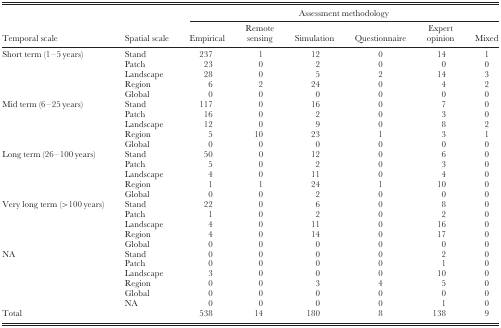
<table><thead><tr><td></td><td></td><td colspan="6"><b>Assessment methodology</b></td></tr><tr><td><b>Temporal scale</b></td><td><b>Spatial scale</b></td><td><b>Empirical</b></td><td><b>Remote sensing</b></td><td><b>Simulation</b></td><td><b>Questionnaire</b></td><td><b>Expert opinion</b></td><td><b>Mixed</b></td></tr></thead><tbody><tr><td rowspan="5">Short term (1–5 years)</td><td>Stand</td><td>237</td><td> 1</td><td>12</td><td>0</td><td>14</td><td>1</td></tr><tr><td>Patch</td><td> 23</td><td> 0</td><td> 2</td><td>0</td><td> 0</td><td>0</td></tr><tr><td>Landscape</td><td> 28</td><td> 0</td><td> 5</td><td>2</td><td>14</td><td>3</td></tr><tr><td>Region</td><td>6</td><td> 2</td><td>24</td><td>0</td><td> 4</td><td>2</td></tr><tr><td>Global</td><td>0</td><td> 0</td><td> 0</td><td>0</td><td> 0</td><td>0</td></tr><tr><td rowspan="5">Mid term (6–25 years)</td><td>Stand</td><td>117</td><td> 0</td><td>16</td><td>0</td><td> 7</td><td>0</td></tr><tr><td>Patch</td><td> 16</td><td> 0</td><td> 2</td><td>0</td><td> 3</td><td>0</td></tr><tr><td>Landscape</td><td> 12</td><td> 0</td><td> 9</td><td>0</td><td> 8</td><td>2</td></tr><tr><td>Region</td><td>5</td><td>10</td><td>23</td><td>1</td><td> 3</td><td>1</td></tr><tr><td>Global</td><td>0</td><td> 0</td><td> 0</td><td>0</td><td> 0</td><td>0</td></tr><tr><td rowspan="5">Long term (26–100 years)</td><td>Stand</td><td> 50</td><td> 0</td><td>12</td><td>0</td><td> 6</td><td>0</td></tr><tr><td>Patch</td><td>5</td><td> 0</td><td> 2</td><td>0</td><td> 3</td><td>0</td></tr><tr><td>Landscape</td><td>4</td><td> 0</td><td>11</td><td>0</td><td> 4</td><td>0</td></tr><tr><td>Region</td><td>1</td><td> 1</td><td>24</td><td>1</td><td>10</td><td>0</td></tr><tr><td>Global</td><td>0</td><td> 0</td><td> 2</td><td>0</td><td> 0</td><td>0</td></tr><tr><td rowspan="5">Very long term (&gt;100 years)</td><td>Stand</td><td> 22</td><td> 0</td><td> 6</td><td>0</td><td> 8</td><td>0</td></tr><tr><td>Patch</td><td>1</td><td> 0</td><td> 2</td><td>0</td><td> 2</td><td>0</td></tr><tr><td>Landscape</td><td>4</td><td> 0</td><td>11</td><td>0</td><td>16</td><td>0</td></tr><tr><td>Region</td><td>4</td><td> 0</td><td>14</td><td>0</td><td>17</td><td>0</td></tr><tr><td>Global</td><td>0</td><td> 0</td><td> 0</td><td>0</td><td> 0</td><td>0</td></tr><tr><td rowspan="6">NA</td><td>Stand</td><td>0</td><td> 0</td><td> 0</td><td>0</td><td> 2</td><td>0</td></tr><tr><td>Patch</td><td>0</td><td> 0</td><td> 0</td><td>0</td><td> 1</td><td>0</td></tr><tr><td>Landscape</td><td>3</td><td> 0</td><td> 0</td><td>0</td><td>10</td><td>0</td></tr><tr><td>Region</td><td>0</td><td> 0</td><td> 3</td><td>4</td><td> 5</td><td>0</td></tr><tr><td>Global</td><td>0</td><td> 0</td><td> 0</td><td>0</td><td> 0</td><td>0</td></tr><tr><td>NA</td><td>0</td><td> 0</td><td> 0</td><td>0</td><td> 1</td><td>0</td></tr><tr><td>Total</td><td></td><td>538</td><td>14</td><td>180</td><td>8</td><td>138</td><td>9</td></tr></tbody></table>